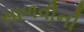
સાળવીની